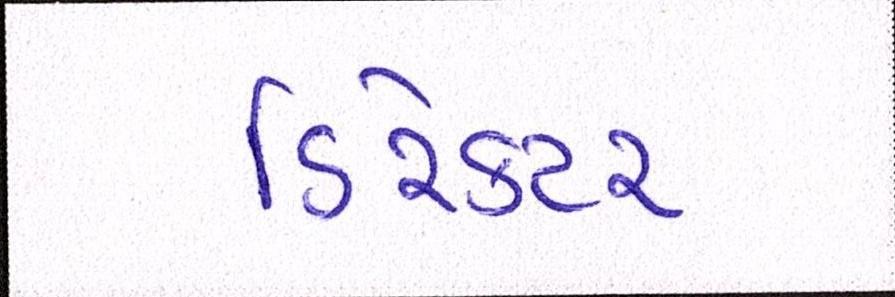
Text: ડિરેક્ટર